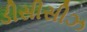
ડીસીસીઝ